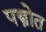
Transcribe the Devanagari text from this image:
पस्त्रोत